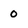
Character: 0